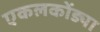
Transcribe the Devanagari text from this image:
एकलकोंड्या